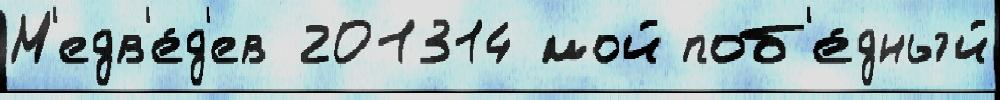
М'едв'е́д'ев 201314 мой поб'е́дный